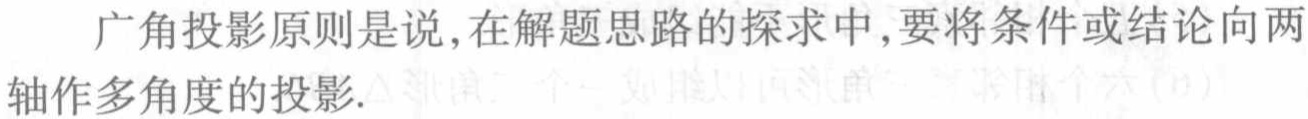
广角投影原则是说,在解题思路的探求中,要将条件或结论向两轴作多角度的投影.